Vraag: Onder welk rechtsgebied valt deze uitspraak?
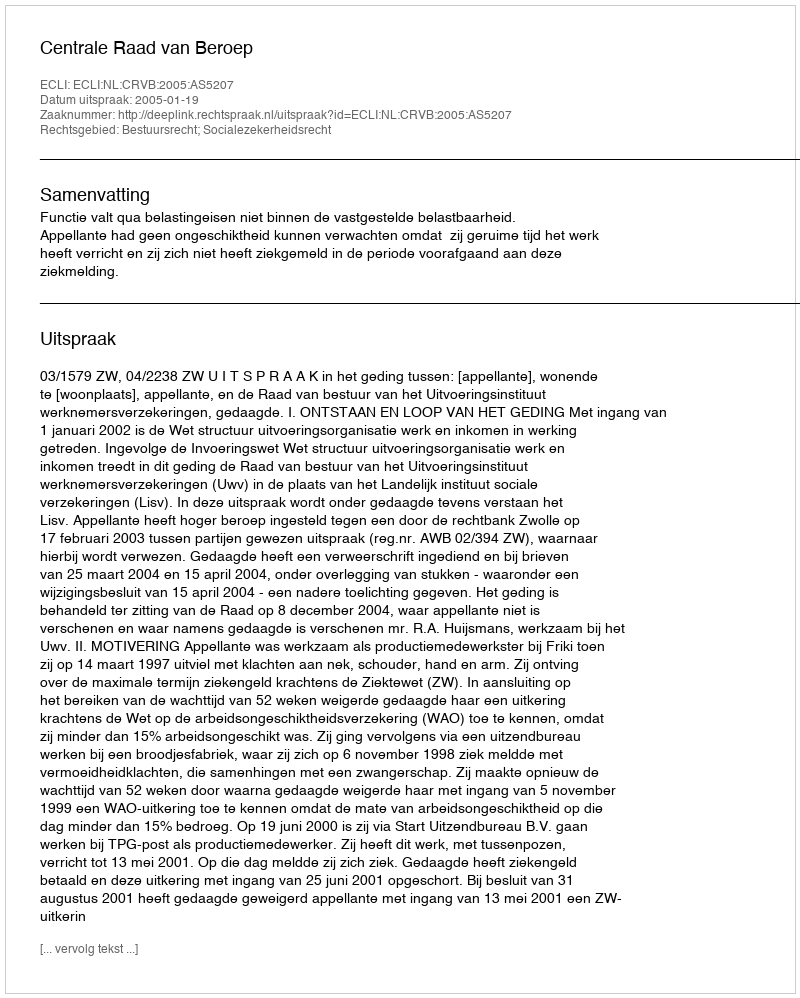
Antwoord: Bestuursrecht; Socialezekerheidsrecht